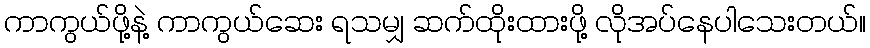
ကာကွယ်ဖို့နဲ့ ကာကွယ်ဆေး ရသမျှ ဆက်ထိုးထားဖို့ လိုအပ်နေပါသေးတယ်။